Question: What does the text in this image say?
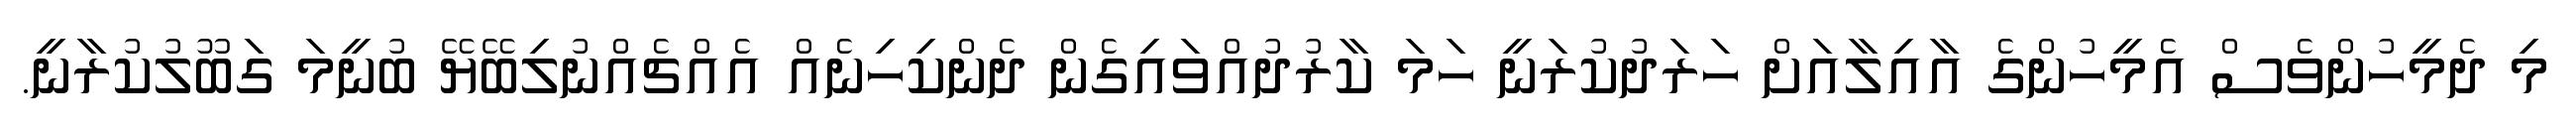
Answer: މި ދެމީހުންވެސް އެމީހުންގެ އާއިލާއަށް ހަރަދުކުރަނީ ހަމަ ކާރުދުއްވައިގެން ދެންކިހިނެއް އެއްޗެއްނުލިބޭޔޭ ބުނީމަ ގަބޫލުކުރާނީ.